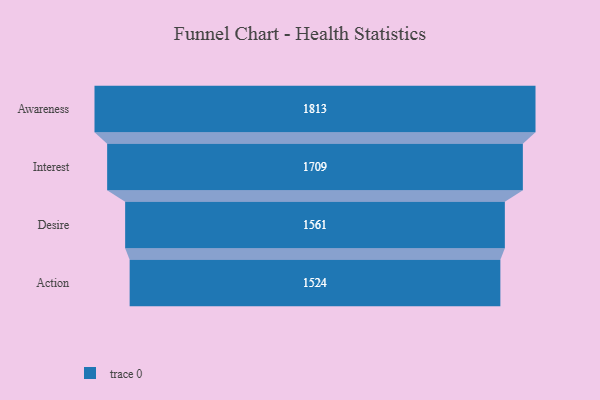
{"axis": {"x": "Stage", "y": "Value"}, "legend": [""], "data": [{"x": "Awareness", "y": 1813.0, "type": ""}, {"x": "Interest", "y": 1709.0, "type": ""}, {"x": "Desire", "y": 1561.0, "type": ""}, {"x": "Action", "y": 1524.0, "type": ""}]}